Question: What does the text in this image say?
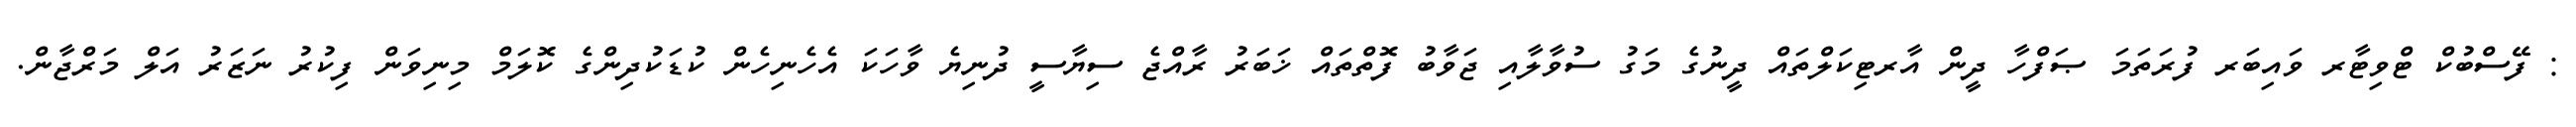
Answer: : ފޭސްބުކް ޓްވިޓާރ ވައިބަރ ފުރަތަމަ ޞަފްހާ ދީން އާރޓިކަލްތައް ދީނުގެ މަގު ސުވާލާއި ޖަވާބު ފޮތްތައް ޚަބަރު ރާއްޖެ ސިޔާސީ ދުނިޔެ ވާހަކަ އެހެނިހެން ކުޑަކުދިންގެ ކޮލަމް މިނިވަން ފިކުރު ނަޒަރު އަލް މަރްޖާން.